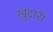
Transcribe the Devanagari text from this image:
खुद्दारी